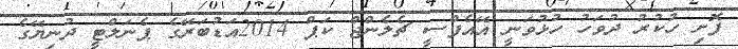
ފޮށި ހުކުރު ދުވަހު ހުޅުވަނީ އޭއެފްސީ ޗެލެންޖް ކަޕް 2014އަޑުބަރޭގެ ޕެނަލްޓީ ދުނިޔޭގެ